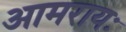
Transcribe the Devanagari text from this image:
आमरायः